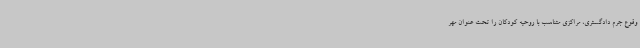
وقوع جرم دادگستری، مراکزی متناسب با روحیه کودکان را تحت عنوان مهر